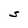
Character: S